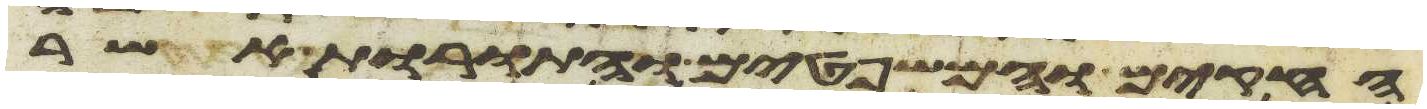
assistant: החקים והמשפטים והתורות אשר